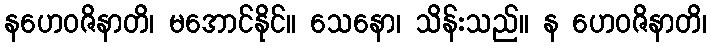
နဟေဝဇိနာတိ၊ မအောင်နိုင်။ သေနော၊ သိန်းသည်။ န ဟေဝဇိနာတိ၊